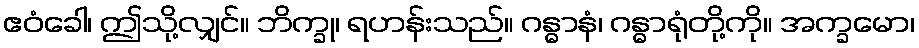
ဧဝံခေါ၊ ဤသို့လျှင်။ ဘိက္ခု၊ ရဟန်းသည်။ ဂန္ဓာနံ၊ ဂန္ဓာရုံတို့ကို။ အက္ခမော၊